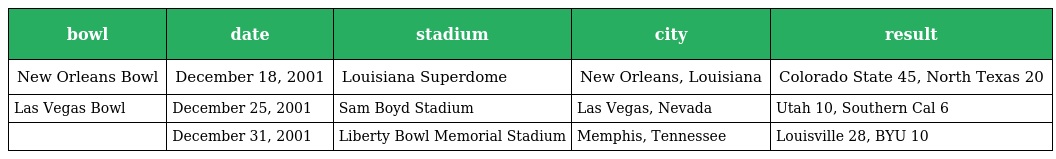
| bowl | date | stadium | city | result |
 | --- | --- | --- | --- | --- |
 | New Orleans Bowl | December 18, 2001 | Louisiana Superdome | New Orleans, Louisiana | Colorado State 45, North Texas 20 |
 | Las Vegas Bowl | December 25, 2001 | Sam Boyd Stadium | Las Vegas, Nevada | Utah 10, Southern Cal 6 |
 |  | December 31, 2001 | Liberty Bowl Memorial Stadium | Memphis, Tennessee | Louisville 28, BYU 10 |